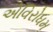
એવિરોધમ